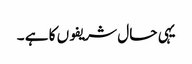
یہی حال شریفوں کا ہے ۔